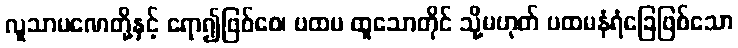
လူသာမဏေတို့နှင့် ရော၍ဖြစ်စေ၊ ပထမ ထူသောတိုင် သို့မဟုတ် ပထမနံရံခြေဖြစ်သော